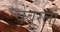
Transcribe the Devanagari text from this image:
चेंबूरला